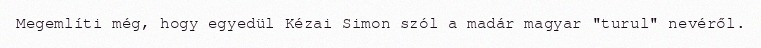
Megemlíti még, hogy egyedül Kézai Simon szól a madár magyar "turul" nevéről.